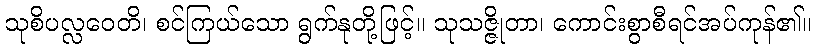
သုစိပလ္လဝေတိ၊ စင်ကြယ်သော ရွက်နုတို့ဖြင့်။ သုသဇ္ဇိုတာ၊ ကောင်းစွာစီရင်အပ်ကုန်၏။